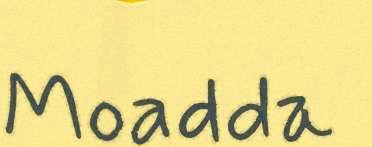
Moadda